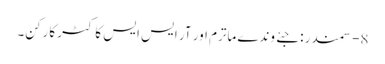
8- سمندر : جئے وندے ماترم اور آر ایس ایس کا کٹر کارکن۔